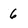
Character: 6